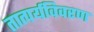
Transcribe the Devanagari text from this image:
तात्पर्यविवरण